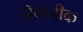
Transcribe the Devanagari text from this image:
डॉमनीक